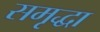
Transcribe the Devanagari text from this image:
समृद्धा